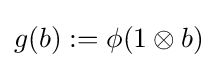
g(b):=\phi (1\otimes b)